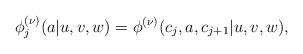
LaTeX: \begin{align*}\phi_{j}^{(\nu)}(a|u,v,w)=\phi^{(\nu)}(c_{j},a,c_{j+1}|u,v,w),\end{align*}